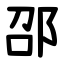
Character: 邵